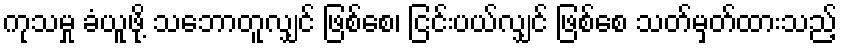
ကုသမှု ခံယူဖို့ သဘောတူလျှင် ဖြစ်စေ၊ ငြင်းပယ်လျှင် ဖြစ်စေ သတ်မှတ်ထားသည့်